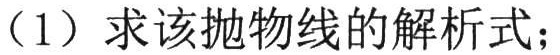
（1）求该抛物线的解析式；